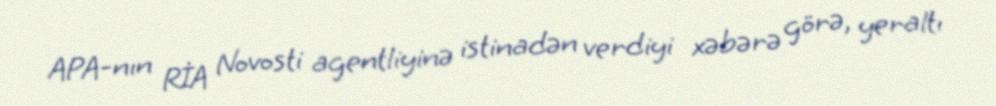
APA-nın RİA Novosti agentliyinə istinadən verdiyi xəbərə görə, yeraltı